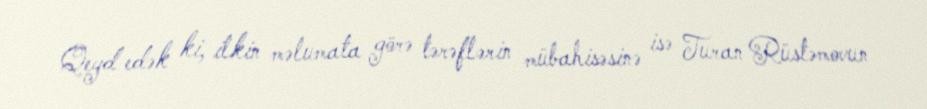
Qeyd edək ki, ilkin məlumata görə tərəflərin mübahisəsinə isə Turan Rüstəmovun